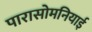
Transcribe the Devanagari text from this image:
पारासोमनियाई